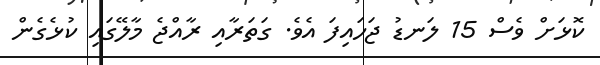
ކޮޅަށް ވެސް 15 ލަނޑު ޖަހައިފަ އެވެ. ގަތަރާއި ރާއްޖެ މާލޭގައި ކުޅެގެން